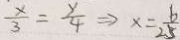
\frac { x } { 3 } = \frac { y } { 4 } \Rightarrow x = \frac { 6 } { 2 . 5 }